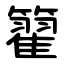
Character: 籊